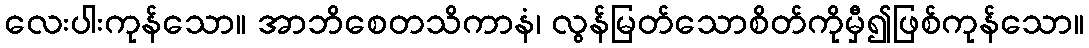
လေးပါးကုန်သော။ အာဘိစေတသိကာနံ၊ လွန်မြတ်သောစိတ်ကိုမှီ၍ဖြစ်ကုန်သော။